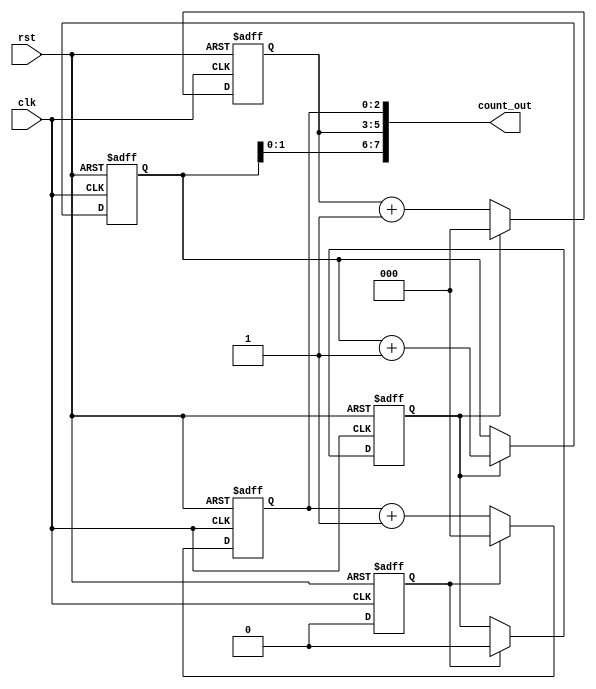
module CascadedCounter(
    input wire clk,
    input wire rst,
    output reg [7:0] count_out
);

reg [2:0] count1, count2, count3;
reg carry1, carry2;

always @(posedge clk or posedge rst) begin
    if (rst) begin
        count1 <= 8'b00000000;
        count2 <= 8'b00000000;
        count3 <= 8'b00000000;
        carry1 <= 1'b0;
        carry2 <= 1'b0;
    end else begin
        if (count1 == 8'b11111111) begin
            carry1 <= 1'b1;
        end else begin
            carry1 <= 1'b0;
        end
        
        if (carry1) begin
            count1 <= 8'b00000000;
            if (count2 == 8'b11111111) begin
                carry2 <= 1'b1;
            end else begin
                carry2 <= 1'b0;
            end
        end else begin
            count1 <= count1 + 1;
        end
        
        if (carry2) begin
            count2 <= 8'b00000000;
            if (count3 == 8'b11111111) begin
                count3 <= 8'b00000000;
            end else begin
                count3 <= count3 + 1;
            end
        end else begin
            count2 <= count2 + 1;
        end
    end
end

assign count_out = {count3, count2, count1};

endmodule